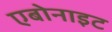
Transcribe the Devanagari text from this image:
एबोनाइट